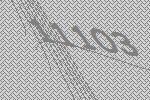
11103